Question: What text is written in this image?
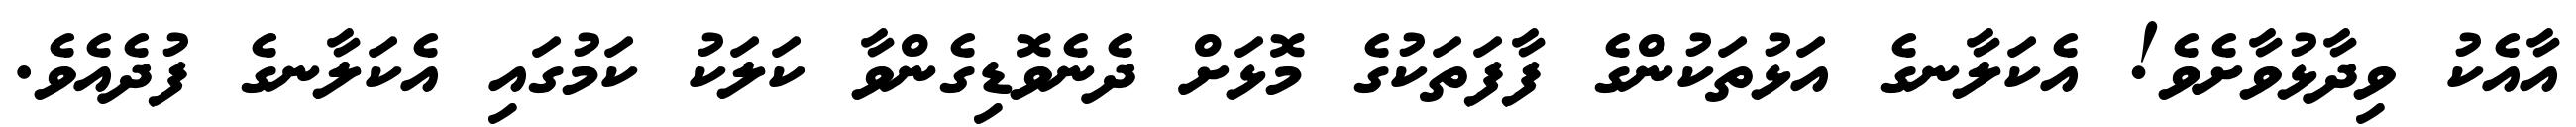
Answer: އާއެކު ވިދާޅުވާށެވެ! އެކަލާނގެ އަޅުތަކުންގެ ފާފަތަކުގެ މޮޅަށް ދެނެވޮޑިގެންވާ ކަލަކު ކަމުގައި އެކަލާނގެ ފުދެއެވެ.